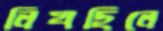
লিখছিলে